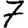
Digit: 7